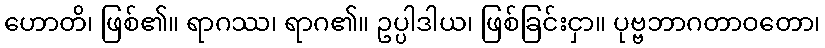
ဟောတိ၊ ဖြစ်၏။ ရာဂဿ၊ ရာဂ၏။ ဥပ္ပါဒါယ၊ ဖြစ်ခြင်းငှာ။ ပုဗ္ဗဘာဂတာဝတော၊